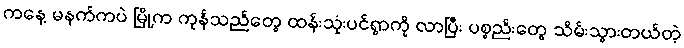
ကနေ့ မနက်ကပဲ မြို့က ကုန်သည်တွေ ထန်းသုံးပင်ရွာကို လာပြီး ပစ္စည်းတွေ သိမ်းသွားတယ်တဲ့